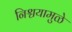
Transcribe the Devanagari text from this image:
निश्चयामुळे